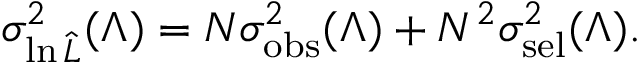
\sigma _ { \ln \hat { \cal L } } ^ { 2 } ( \Lambda ) = N \sigma _ { \mathrm { o b s } } ^ { 2 } ( \Lambda ) + N ^ { 2 } \sigma _ { \mathrm { s e l } } ^ { 2 } ( \Lambda ) .